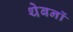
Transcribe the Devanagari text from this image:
थेबनों